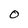
Character: O